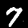
Label: 7